Report on sanitation, dispensaries, and jails in Rajputana for 1921, and on vaccination for the year 1921-1922 - 1921-1922
Year: 1921
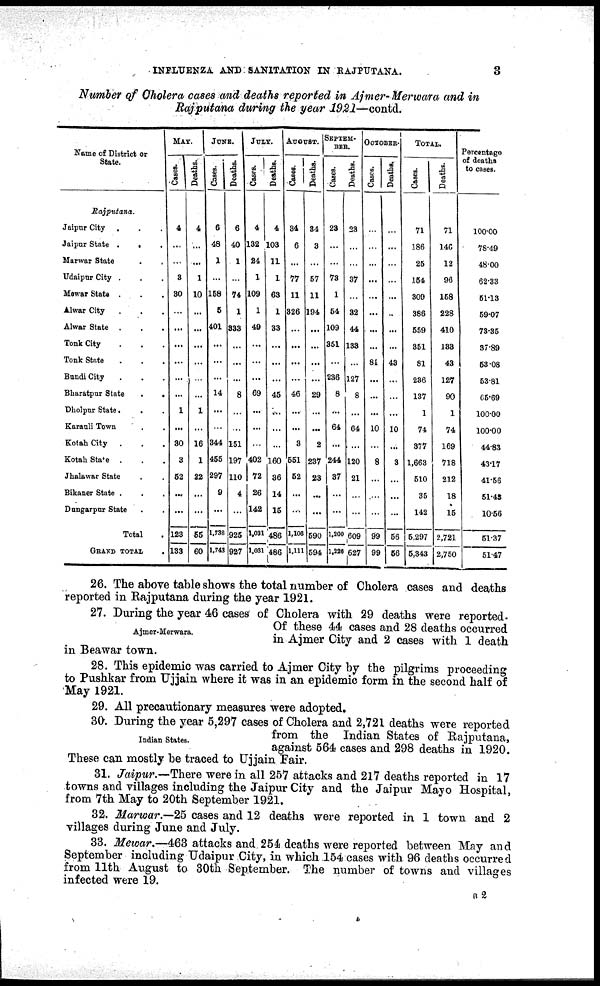
INFLUENZA AND SANITATION IN RAJPUTANA.
3
Number of Cholera cases and deaths reported in Ajmer-Merwara and in
Rajputana during the year 1921—contd.
Name of District or
State.
Rajputana.
Jaipur City...
Jaipur State...
Marwar State..
Udaipur City...
Mewar State...
Alwar City...
Alwar State ...
Tonk City...
Tonk State...
Bundi City...
Bharatpur State..
Dholpur State...
Karauli Town..
Kotah City...
Kotah State ...
Jhalawar State..
Bikaner State...
Dungarpur State..
Total.
GRAND TOTAL.
MAY.
Cases.
4
...
...
3
30
...
...
...
...
...
...
1
...
30
3
52
...
...
123
133
Deaths.
4
...
...
1
10
...
...
...
...
...
...
1
...
16
1
22
...
... 55
60
JUNE.
Cases.
6
48
1
...
158
5
401
...
...
...
14
...
...
344
455
297
9
...
1,738
1,743
Deaths.
6
40
1
...
74
1
333
...
...
...
8
...
...
151
197
110
4
...
925
927
JULY.
Cases.
4
132
24
1
109
1
49
...
...
...
69
...
...
...
402
72
26
142
1,031
1,031
Deaths.
4
103
11
1
63
1
33
...
...
...
45
...
...
...
160
36
14
15
486
486
AUGUST.
Cases.
34
6
...
77
11
326
...
...
...
...
46
...
...
3
551
52
...
...
1,106
1,111
Deaths.
34
3
...
57
11
194
...
...
...
...
29
...
...
2
237
23
...
...
590
594
SEPTEM¬
BER.
Cases.
23
...
...
73
1
54
109
351
...
236
8
...
64
...
244
37
...
...
1,200
1,220
Deaths.
23
...
...
37
...
32
44
133
...
127
8
...
64
...
120
21
...
...
609
627
OCTOBER.
Cases.
...
...
...
...
...
...
...
...
81
...
...
...
10
...
8
...
...
...
99
99
Deaths.
...
...
...
...
...
...
...
...
43
...
...
...
10
...
3
...
...
...
56
66
TOTAL.
Cases.
71
186
25
154
309
386
559
351
81
236
137
1
74
377
1,663
510
35
142
5,297
5,343
Deaths.
71
146
12
96
158
228
410
133
43
127
90
1
74
169
718
212
18
15
2,721
2,750
Percentage
of deaths
to cases.
100.00
78.49
48.00
62.33
51.13
59.07
73.35
37.89
53.08
53.81
65.69
100.00
100.00
44.83
43.17
41.56
51.43
10.56
51.37
51.47
26. The above table shows the total number of Cholera cases and deaths
reported in Rajputana during the year 1921.
Ajmer-Merwara.
27. During the year 46 cases of Cholera with 29 deaths were reported.
Of these 44 cases and 28 deaths occurred
in Ajmer City and 2 cases with 1 death
in Beawar town.
28. This epidemic was carried to Ajmer City by the pilgrims proceeding
to Pushkar from Ujjain where it was in an epidemic form in the second half of
May 1921.
29. All precautionary measures were adopted.
Indian States.
30. During the year 5,297 cases of Cholera and 2,721 deaths were reported
from the Indian States of Rajputana,
against 564 cases and 298 deaths in 1920.
These can mostly be traced to Ujjain Fair.
31. Jaipur.—There were in all 257 attacks and 217 deaths reported in 17
towns and villages including the Jaipur City and the Jaipur Mayo Hospital,
from 7th May to 20th September 1921.
32. Marwar.—25 cases and 12 deaths were reported in 1 town and 2
villages during June and July.
33. Mewar.—463 attacks and. 254 deaths were reported between May and
September including Udaipur City, in which 154 cases with 96 deaths occurred
from 11th August to 30th September. The number of towns and villages
infected were 19.
B2